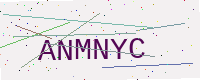
Text: ANMNYC